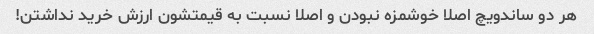
هر دو ساندویچ اصلا خوشمزه نبودن و اصلا نسبت به قیمتشون ارزش خرید نداشتن!